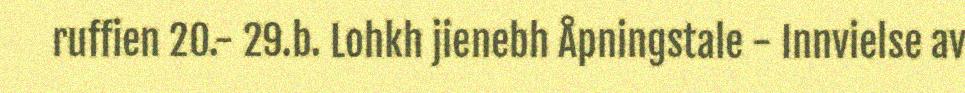
ruffien 20.- 29.b. Lohkh jienebh Åpningstale - Innvielse av